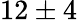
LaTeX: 12\pm 4